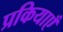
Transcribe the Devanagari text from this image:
प्रकियाएँ